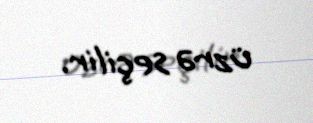
üzrə seçilir.